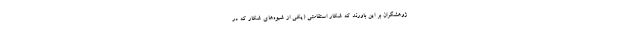
ژوهشگران بر این باورند که شکار استقامتی (یکی از شیوه‌های شکار که در